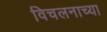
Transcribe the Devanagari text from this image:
विचलनाच्या